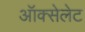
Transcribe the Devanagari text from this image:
ऑक्सेलेट